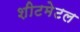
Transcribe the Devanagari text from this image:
शीटमेटल